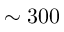
\sim 3 0 0